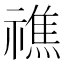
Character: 𥛲